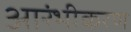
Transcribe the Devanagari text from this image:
आरंभीकरण